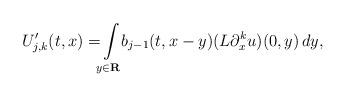
LaTeX: \begin{align*} U ' _ { j , k } ( t , x ) = \! \! \int \limits _ { y \in \mathbf R } \! \! b _ { j - 1 } ( t , x - y ) ( L \partial ^ k _ x u ) ( 0 , y ) \, d y ,\end{align*}